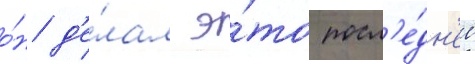
о́н д'е́лал э́то посл'е́дн'ее